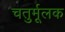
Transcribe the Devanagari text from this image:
चतुर्मूलक